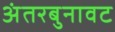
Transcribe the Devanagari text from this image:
अंतरबुनावट